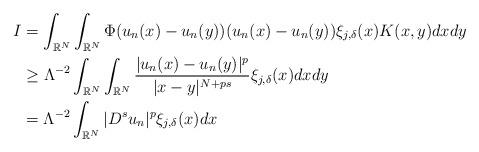
LaTeX: \begin{align*}I&=\int_{\mathbb{R}^{N}}\int_{\mathbb{R}^{N}}\Phi(u_{n}(x)-u_{n}(y))(u_{n}(x)-u_{n}(y))\xi_{j,\delta}(x)K(x,y)dx dy\\&\geq \Lambda^{-2}\int_{\mathbb{R}^N}\int_{\mathbb{R}^N}\frac{|u_{n}(x)-u_{n}(y)|^{p}}{|x-y|^{N+ps}}\xi_{j,\delta}(x)dx dy\\&=\Lambda^{-2}\int_{\mathbb{R}^{N}}|D^{s}u_{n}|^{p}\xi_{j,\delta}(x)dx\end{align*}